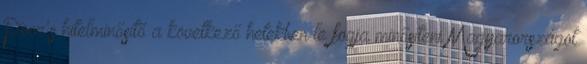
Poor's hitelminősítő a következő hetekben le fogja minősíteni Magyarországot